Subject: physics
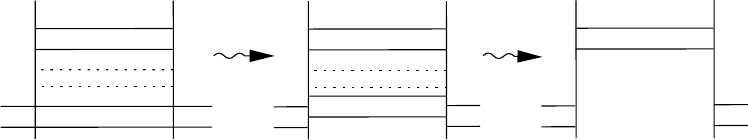
LaTeX code:
\begin{tikzpicture}[x=0.75pt,y=0.75pt,yscale=-1,xscale=1,baseline=(current bounding box.center)]

\draw    (115.15,93.42) -- (115.18,159.95) ;
\draw    (181.44,106.8) -- (114.91,106.86) ;
\draw    (181.68,93.38) -- (181.72,159.92) ;
\draw    (181.44,116.84) -- (114.91,116.9) ;
\draw  [dash pattern={on 0.84pt off 2.51pt}]  (181.7,126.68) -- (115.17,126.69) ;
\draw  [dash pattern={on 0.84pt off 2.51pt}]  (181.92,134.91) -- (115.39,134.91) ;
\draw    (200.36,144.28) -- (98.5,144.34) ;
\draw    (200.36,154.31) -- (98.5,154.37) ;
\draw    (246.74,93.62) -- (246.78,160.15) ;
\draw    (313.03,107) -- (246.5,107.06) ;
\draw    (313.28,93.58) -- (313.31,160.11) ;
\draw    (313.03,117.03) -- (246.5,117.09) ;
\draw  [dash pattern={on 0.84pt off 2.51pt}]  (313.29,126.88) -- (246.76,126.88) ;
\draw  [dash pattern={on 0.84pt off 2.51pt}]  (313.52,135.11) -- (246.98,135.11) ;
\draw    (246.42,144.48) -- (230.09,144.54) ;
\draw    (246.42,154.51) -- (230.09,154.57) ;
\draw    (329.53,143.87) -- (313.21,143.93) ;
\draw    (329.53,153.91) -- (313.21,153.97) ;
\draw    (313.21,139.34) -- (247.02,139.4) ;
\draw    (313.21,149.37) -- (247.02,149.43) ;
\draw    (375.71,93.21) -- (375.75,159.74) ;
\draw    (442,106.59) -- (375.47,106.65) ;
\draw    (442.24,93.17) -- (442.28,159.71) ;
\draw    (442,116.63) -- (375.47,116.69) ;
\draw    (375.38,144.07) -- (359.06,144.13) ;
\draw    (375.38,154.11) -- (359.06,154.17) ;
\draw    (458.5,143.47) -- (442.18,143.53) ;
\draw    (458.5,153.5) -- (442.18,153.56) ;
\draw    (201.16,119.93) .. controls (202.83,118.27) and (204.49,118.27) .. (206.16,119.94) .. controls (207.83,121.61) and (209.49,121.61) .. (211.16,119.95) .. controls (212.83,118.29) and (214.5,118.3) .. (216.16,119.97) -- (220.5,119.98) -- (228.5,120) ;
\draw [shift={(230.5,120)}, rotate = 180.13] [fill={rgb, 255:red, 0; green, 0; blue, 0 }  ][line width=0.08]  [draw opacity=0] (12,-3) -- (0,0) -- (12,3) -- cycle    ;
\draw    (330.94,119.83) .. controls (332.65,118.2) and (334.31,118.23) .. (335.94,119.94) .. controls (337.57,121.65) and (339.23,121.69) .. (340.94,120.06) .. controls (342.65,118.43) and (344.31,118.47) .. (345.93,120.18) -- (349.5,120.26) -- (357.5,120.45) ;
\draw [shift={(359.5,120.5)}, rotate = 181.35] [fill={rgb, 255:red, 0; green, 0; blue, 0 }  ][line width=0.08]  [draw opacity=0] (12,-3) -- (0,0) -- (12,3) -- cycle    ;

\end{tikzpicture}